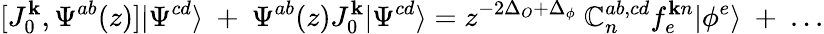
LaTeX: [J_{0}^{\mathbf{k}},\Psi^{ab}(z)]|\Psi^{cd}\rangle~+~\Psi^{ab}(z)J_{0}^{\mathbf{k}}|\Psi^{cd}\rangle=z^{-2\Delta_{O}+\Delta_{\phi}}~\mathbb{C}_{n}^{ab,cd}f_{e}^{\mathbf{k}n}|\phi^{e}\rangle~+~...